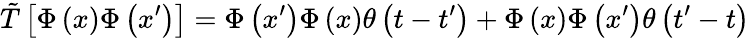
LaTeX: \tilde{T}\left[\Phi\left(x\right)\Phi\left(x^{\prime}\right)\right]=\Phi\left(x^{\prime}\right)\Phi\left(x\right)\theta\left(t-t^{\prime}\right)+\Phi\left(x\right)\Phi\left(x^{\prime}\right)\theta\left(t^{\prime}-t\right)